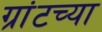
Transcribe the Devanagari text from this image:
ग्रांटच्या